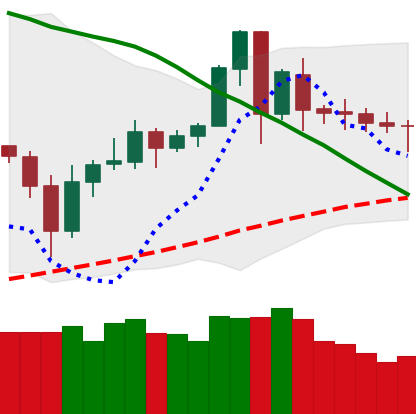
Ticker: ETC-USD
Chart end date: 2020-06-07
Forward return: -6.281%
Label: down_5_7